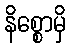
နိစ္စောမှိ